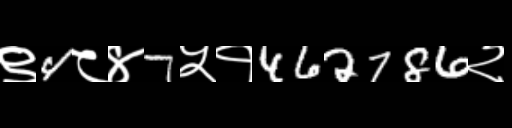
Text: ९4८४7५१462786२